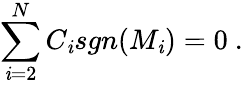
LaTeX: \sum_{\mathit{i}=2}^{N}C_{\mathit{i}}sgn(M_{\mathit{i}})=0\ .